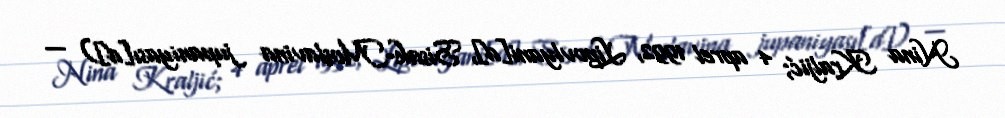
Nina Kraljić; 4 aprel 1992, Lipovlyani[d], Sisak-Moslavina jupaniyası[d]) —